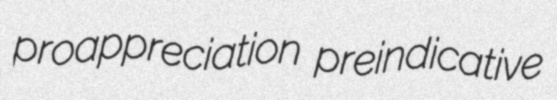
proappreciation preindicative